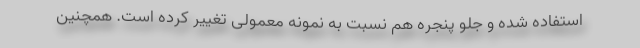
استفاده شده و جلو پنجره هم نسبت به نمونه معمولی تغییر کرده است. همچنین